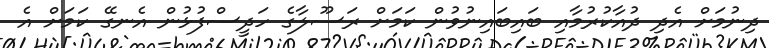
ދިނުމަށް އެދި ދުއާކުރުމާއި ބައިބައިނުވުން ކަމަށް ރަސޫލާގެ ހަދީސްފުޅުން އެނގޭ ކަމަށް އެ